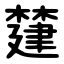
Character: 㯬